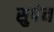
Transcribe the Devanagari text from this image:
सुषेन